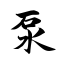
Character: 泵